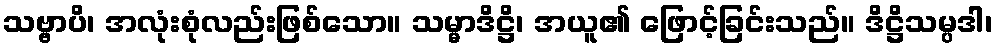
သဗ္ဗာပိ၊ အလုံးစုံလည်းဖြစ်သော။ သမ္မာဒိဋ္ဌိ၊ အယူ၏ ဖြောင့်ခြင်းသည်။ ဒိဋ္ဌိသမ္ပဒါ၊